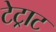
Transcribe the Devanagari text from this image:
टेट्राट